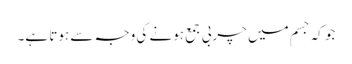
جو کہ جسم میں چربی جمع ہونے کی وجہ سے ہوتا ہے۔